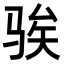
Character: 𫘤